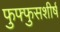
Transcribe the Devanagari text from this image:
फुफ्फुसशीर्ष